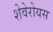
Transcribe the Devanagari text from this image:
शेवेरोयस